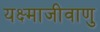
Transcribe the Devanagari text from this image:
यक्ष्माजीवाणु